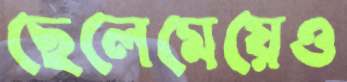
ছেলেমেয়েও